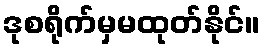
ဒုစရိုက်မှမထုတ်နိုင်။